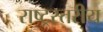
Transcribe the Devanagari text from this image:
राष्ट्रस्तरीय